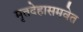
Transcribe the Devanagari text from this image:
मृतदेहासमवेत